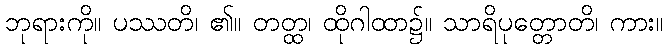
ဘုရားကို။ ပဿတိ၊ ၏။ တတ္ထ၊ ထိုဂါထာ၌။ သာရိပုတ္တောတိ၊ ကား။